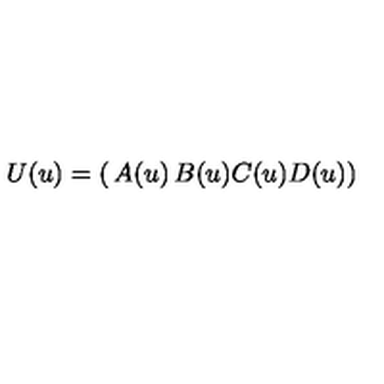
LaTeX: U ( u ) = \left( \begin{matrix} { A ( u ) } & { B ( u ) } \\ { C ( u ) } & { D ( u ) } \\ \end{matrix} \right)